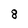
Character: 8